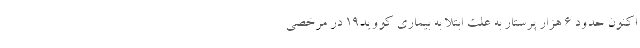
اکنون حدود ۶ هزار پرستار به علت ابتلا به بیماری کووید۱۹ در مرخصی